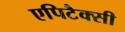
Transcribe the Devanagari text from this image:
एपिटैक्सी